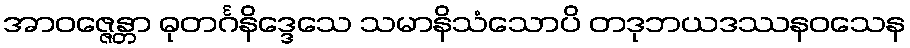
အာဝဇ္ဇေန္တာ ဓုတင်္ဂနိဒ္ဒေသေ သမာနိသံသောပိ တဒုဘယဒဿနဝသေန